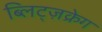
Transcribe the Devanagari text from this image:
ब्लिट्ज़क्रेग